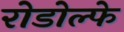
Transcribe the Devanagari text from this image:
रोडोल्फे